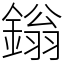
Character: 鎓